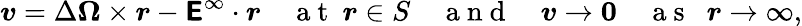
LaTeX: \boldsymbol{v}=\Delta\boldsymbol{\Omega}\times\boldsymbol{r}-\boldsymbol{\mathsf{E}}^{\infty}\cdot\boldsymbol{r}\quad\mathrm{~a~t~\ }\boldsymbol{r}\in S\quad\mathrm{~a~n~d~}\quad\boldsymbol{v}\to\boldsymbol{0}\quad\mathrm{~a~s~\ }\; \boldsymbol{r}\to\infty,